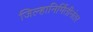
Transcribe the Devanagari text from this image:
जिल्हानिर्मितीनंतर